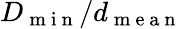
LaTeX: D_{\mathrm{~m~i~n~}}/d_{\mathrm{~m~e~a~n~}}